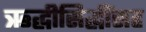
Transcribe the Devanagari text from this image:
ऋद्धीसिद्धींसह